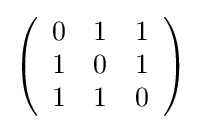
{\textstyle \left({\begin{array}{ccc}0&1&1\\1&0&1\\1&1&0\\\end{array}}\right)}